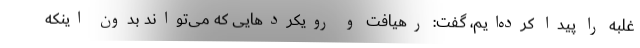
غلبه را پیدا کرده‌ایم، گفت: رهیافت و رویکردهایی که می‌تواند بدون اینکه